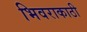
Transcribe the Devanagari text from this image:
भिवराकाठी